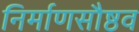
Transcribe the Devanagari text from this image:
निर्माणसौष्ठव